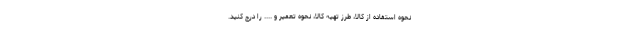
نحوه استفاده از کالا، طرز تهیه کالا، نحوه تعمیر و .... را درج کنید.